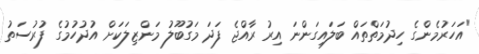
"އަހަރުމެންގެ ހިދުމަތްތައް ބަލައިގަންނަ އިރު ރާއްޖެ ފަދަ މަގުބޫލު މަންޒިލަކަށް އުދުހުމުގެ ފުރުސަތު